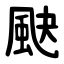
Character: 䫼